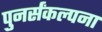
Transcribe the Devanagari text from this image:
पुनर्संकल्पना